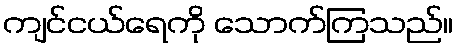
ကျင်ငယ်ရေကို သောက်ကြသည်။